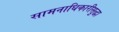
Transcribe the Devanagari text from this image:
सामनाधिकारीसुद्धा